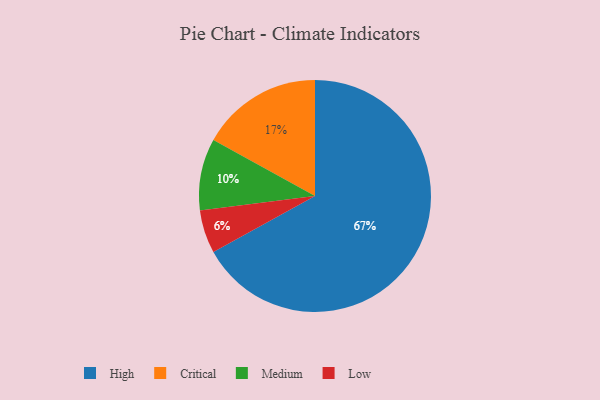
{"axis": {"x": "Category", "y": "Percentage"}, "legend": ["Critical", "High", "Low", "Medium"], "data": [{"x": "Critical", "y": 17, "type": "Critical"}, {"x": "High", "y": 67, "type": "High"}, {"x": "Low", "y": 6, "type": "Low"}, {"x": "Medium", "y": 10, "type": "Medium"}]}